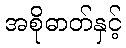
အစိုဓာတ်နှင့်